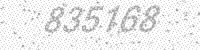
Solution: 835168